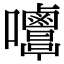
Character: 𡅿